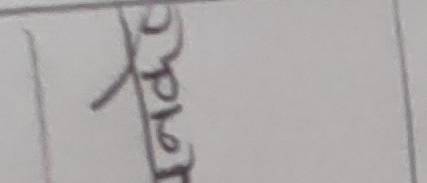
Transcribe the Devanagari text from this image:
टपेट